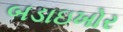
બડાઇખોર